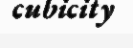
cubicity